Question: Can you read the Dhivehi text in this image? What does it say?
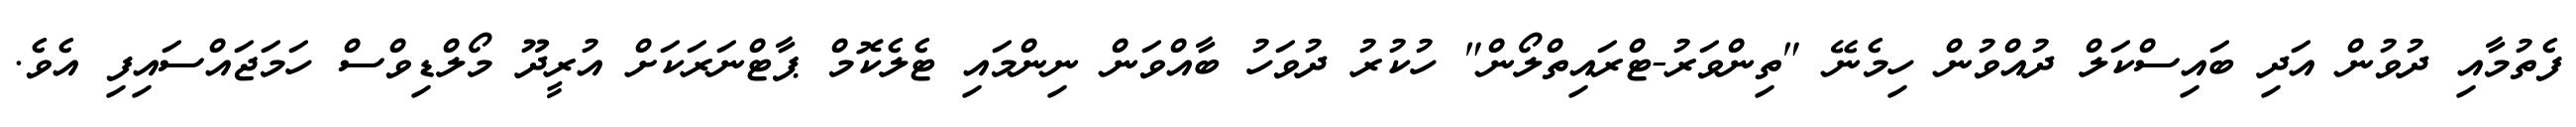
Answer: ފެތުމާއި ދުވުން އަދި ބައިސްކަލް ދުއްވުން ހިމެނޭ "ތިންވަރު-ޓްރައިތްލޯން" ހުކުރު ދުވަހު ބާއްވަން ނިންމައި ޓެލެކޮމް ޕާޓްނަރަކަށް އުރީދޫ މޯލްޑިވްސް ހަމަޖައްސައިފި އެވެ.